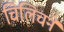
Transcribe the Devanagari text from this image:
चिलिचने